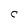
Character: C